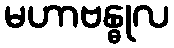
မဟာဗန္ဓုလ